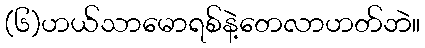
(၆)ဟယ်သာမောရစ်နဲ့တေလာဟတ်ဘဲ။